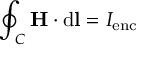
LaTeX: \oint _ { C } \mathbf { H } \cdot \mathrm { d } \mathbf { l } = I _ { \mathrm { e n c } }